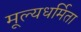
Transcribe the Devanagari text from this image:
मूल्यधर्मिता